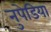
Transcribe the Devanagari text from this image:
नुपेडिया